Civil Veterinary Department Bihar & Orissa reports 1929-36 - 1929-1936
Year: 1929
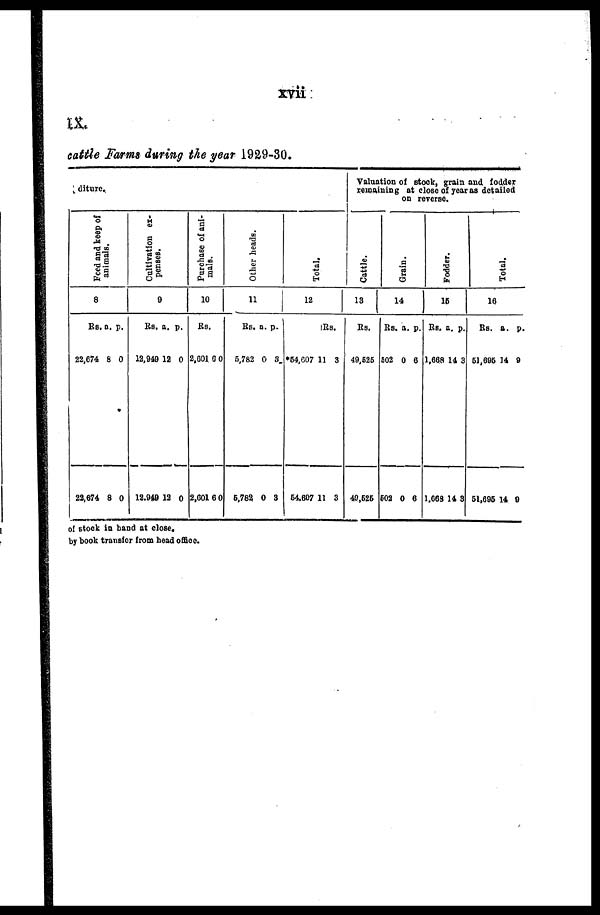
xvii
IX
cattle Farms during the year 1929-30.
diture.
Feed and keep of
animals.
8
Rs.
22,674
22,674
a.
8
8
p.
0
0
Cultivation ex-
penses.
9
Rs,
12,949
12,949
a.
12
12
p.
0
0
Purchase of ani-
mals.
10
Rs.
2,601 6 0
2,601 6 0
Other heads.
11
Rs.
5,782
5,782
a.
0
0
p.
3
3
Total.
12
Rs. a. p.
*54,607 11 3
54,607 11 3
Valuation of stock, grain and fodder
remaining at close of year as detailed
on reverse.
Cattle.
13
Rs.
40,525
49,626
Grain.
14
Rs.
502
602
a.
0
0
p.
6
6
Fodder.
15
Rs,
1,668
1,668
a.
14
14
p.
3
3
Total.
16
Rs.
51,695
51,696
a.
14
14
p.
9
9
of stock in hand at close,
by book transfer from head office.